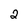
Character: 2